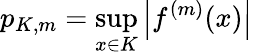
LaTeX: p_{K,m}=\operatorname*{sup}_{x\in K}\left|f^{(m)}(x)\right|